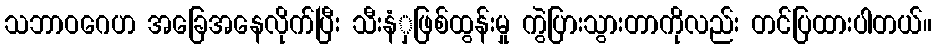
သဘာဝဂေဟ အခြေအနေလိုက်ပြီး သီးနံှဖြစ်ထွန်းမှု ကွဲပြားသွားတာကိုလည်း တင်ပြထားပါတယ်။